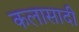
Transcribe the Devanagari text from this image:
कलासादी